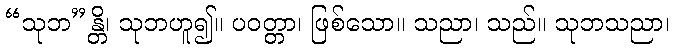
“သုဘ”န္တိ၊ သုဘဟူ၍။ ပဝတ္တာ၊ ဖြစ်သော။ သညာ၊ သည်။ သုဘသညာ၊